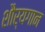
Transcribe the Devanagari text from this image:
शौर्यगान